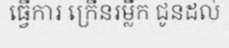
ធ្វើការ ក្រើនរម្លឹក ជូនដល់